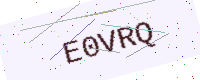
Text: E0VRQ